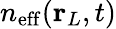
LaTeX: n_{\mathrm{eff}}(\mathbf{r}_{L},t)